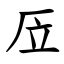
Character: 㕇